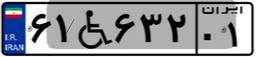
۷۷W۶۵۳۵۷